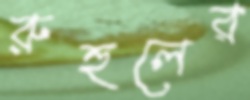
রুহুলের